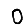
Digit: 0